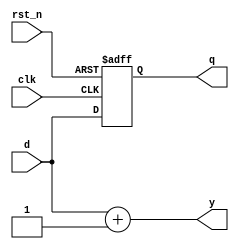
module event_control_example (
    input wire clk,
    input wire rst_n,         // Active-low asynchronous reset
    input wire [3:0] d,      // Data input
    output reg [3:0] q,      // Register output
    output reg [3:0] y       // Combinational output
);

// Sequential Logic using @ (posedge clk)
always @(posedge clk or negedge rst_n) begin
    if (!rst_n) begin
        q <= 4'b0000;        // Reset the register output to 0
    end else begin
        q <= d;             // Capture input data on clock rising edge
    end
end

// Combinational Logic using @ (d)
always @(d) begin
    // Perform some combinational logic operation
    y = d + 4'b0001;          // Example: increment the input by 1
end

endmodule